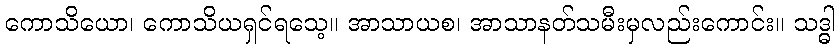
ကောသိယော၊ ကောသိယရှင်ရသေ့။ အာသာယစ၊ အာသာနတ်သမီးမှလည်းကောင်း။ သဒ္ဓါ